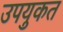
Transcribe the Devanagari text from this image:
उपयुकत